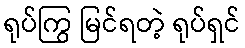
ရုပ်ကြွ မြင်ရတဲ့ ရုပ်ရှင်